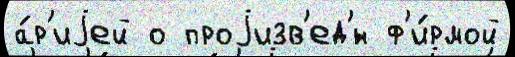
а́р'иjей о проjизв'ед'́н ф'и́рмой